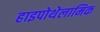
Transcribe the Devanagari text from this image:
हाइपोथेलामिक